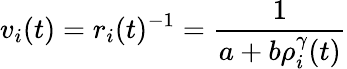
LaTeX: v_{i}(t)=r_{i}(t)^{-1}=\frac{1}{a+b\rho_{i}^{\gamma}(t)}